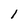
Character: 1